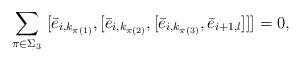
LaTeX: \begin{align*} \sum_{\pi\in \Sigma_3}\ [\bar{e}_{i,k_{\pi(1)}}, [\bar{e}_{i,k_{\pi(2)}}, [\bar{e}_{i,k_{\pi(3)}}, \bar{e}_{i+1,l}]]]=0,\end{align*}